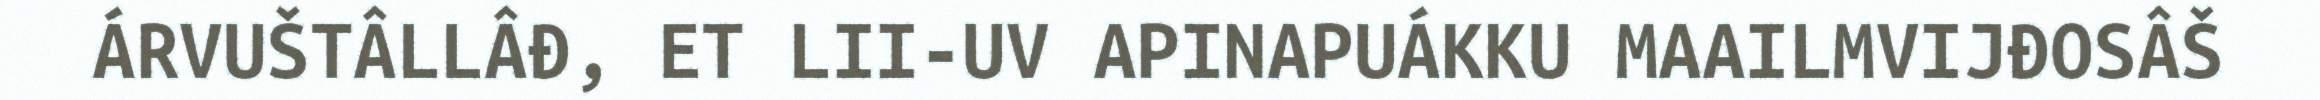
ÁRVUŠTÂLLÂĐ, ET LII-UV APINAPUÁKKU MAAILMVIJĐOSÂŠ